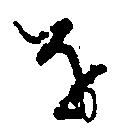
を